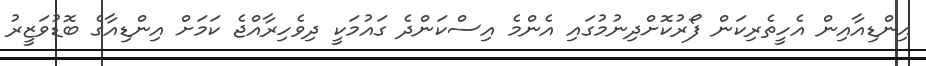
އިންޑިއާއިން އެހީތެރިކަން ފޯރުކޮށްދިނުމުގައި އެންމެ އިސްކަންދެ ގައުމަކީ ދިވެހިރާއްޖެ ކަމަށް އިންޑިއާގެ ބޮޑުވަޒީރު